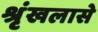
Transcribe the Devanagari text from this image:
श्रृंखलासे